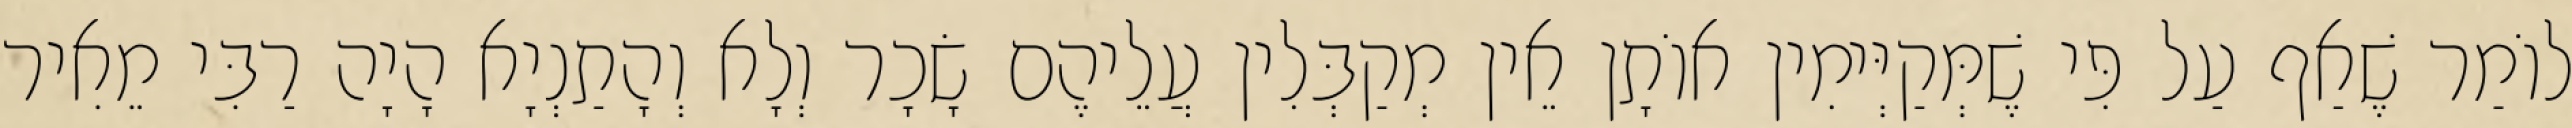
לוֹמַר שֶׁאַף עַל פִּי שֶׁמְּקַיְּימִין אוֹתָן אֵין מְקַבְּלִין עֲלֵיהֶם שָׂכָר וְלָא וְהָתַנְיָא הָיָה רַבִּי מֵאִיר